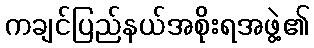
ကချင်ပြည်နယ်အစိုးရအဖွဲ့၏